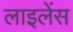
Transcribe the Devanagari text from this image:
लाइलेंस